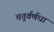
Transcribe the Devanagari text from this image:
चतुर्वर्णधा